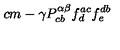
\hspace { 8 c m } - \gamma P _ { c b } ^ { \alpha \beta } f _ { d } ^ { a c } f _ { e } ^ { d b }